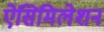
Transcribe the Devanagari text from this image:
ऐसिमिलेशन